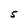
Character: 5